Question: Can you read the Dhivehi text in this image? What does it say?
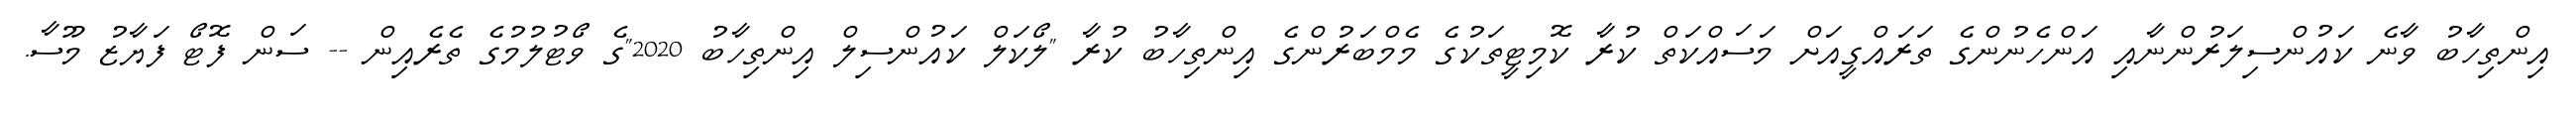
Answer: އިންތިހާބު ވާނެ ކައުންސިލަރުންނާއި އަންހެނުންގެ ތަރައްގީއަށް މަސައްކަތް ކުރާ ކޮމިޓީތަކުގެ މެމްބަރުންގެ އިންތިހާބު ކުރާ "ލޯކަލް ކައުންސިލް އިންތިހާބު 2020"ގެ ވޯޓުލުމުގެ ތެރެއިން -- ސަން ފޮޓޯ ފަޔާޒު މޫސާ.